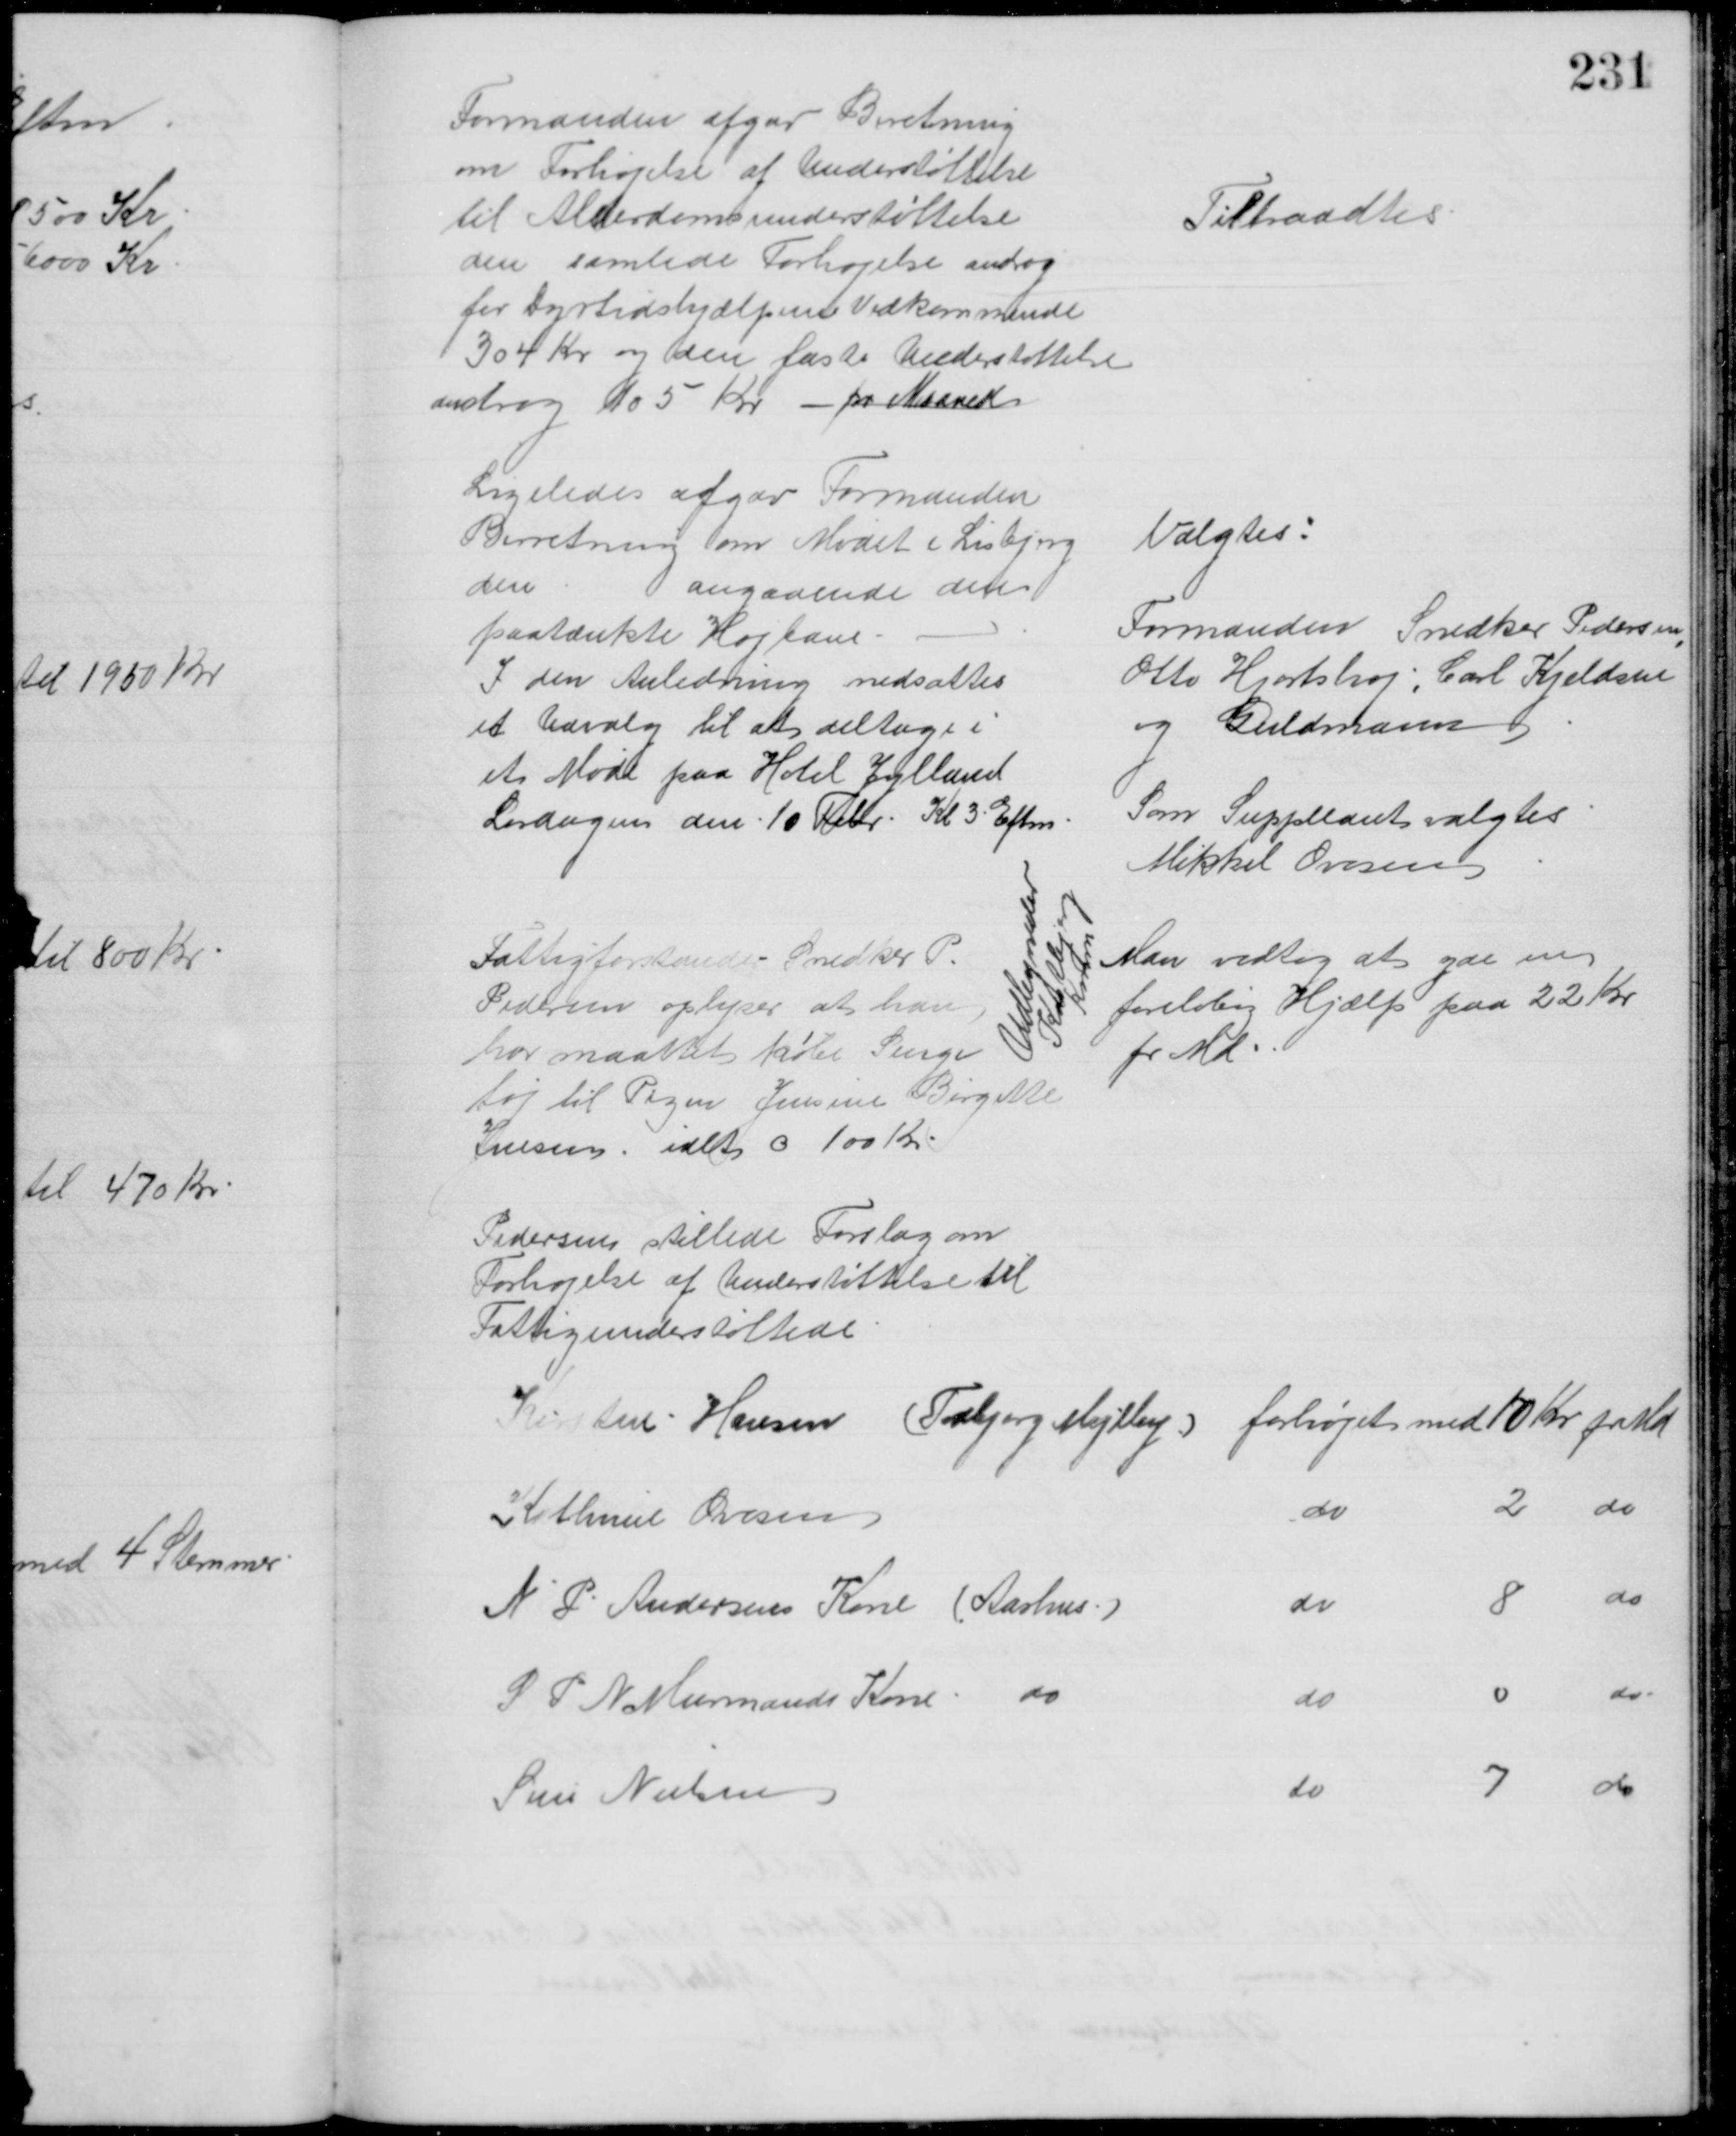
Transskription:
Formanden afgav Beretning
om Forhøjelse af Understøttelse
til Alderdomsunderstøttelse
den samlede Forhøjelse androg
for Dyrtidshjælpens Vedkommende 
304 Kr og den faste Understøttelse
androg 105 Kr - pr Maaned
Tiltraadtes
Ligeledes afgav Formanden
Berretning om Mødet i Lisbjerg
den
angaaende den
paatænkte Højbane
I den Anledning nedsattes
et Udvalg til at deltage i
et Møde paa Hotel Jylland
Lørdagen den 10 Febr Kl 3 Eftm
Valgtes:
Formanden Snedker Pedersen
,
Otto Hjortshøj, Carl Kjeldsen
og Guldmann
Som Suppleant valgtes
Mikkel Ovesen
Fattigforstander Snedker P.
Pedersen oplyser at han
har maattet købe Senge
tøj til Pigen Jensine Birgitte
Jensen, ialt c 100 Kr
Man vedtog at yde en
foreløbig Hjælp paa 22 Kr.
pr Md
Udbyneder
Kastbjerg
Komm
Pedersen stillede Forslag om
Forhøjelse af Understøttelse til
Fattigunderstøttede
Kirsten Hansen (Todbjerg Mejlby) forhøjet med 10 Kr pr Md
Kathrine Ovesen
do
2
do
N P Andersens Kone (Aarhus)
do
8 
do
S P N Murmands Kone do
do 
0
do
Sine Nielsen
do
7 
do